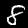
Digit: 8